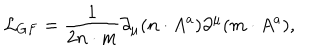
{ \cal L } _ { G F } = \frac { 1 } { 2 n \cdot m } \partial _ { \mu } ( n \cdot A ^ { a } ) \partial ^ { \mu } ( m \cdot A ^ { a } ) ,